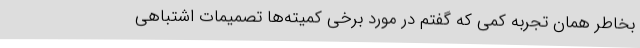
بخاطر همان تجربه کمی که گفتم در مورد برخی کمیته‌ها تصمیمات اشتباهی